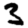
Digit: 3